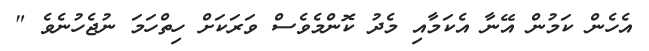
އެހެން ކަމުން އޭނާ އެކަމާއި މެދު ކޮންމެވެސް ވަރަކަށް ހިތްހަމަ ނުޖެހުނެވެ "